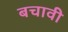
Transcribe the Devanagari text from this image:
बचावी